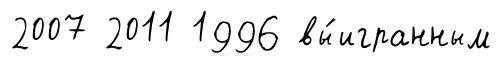
2007 2011 1996 вы́игранным